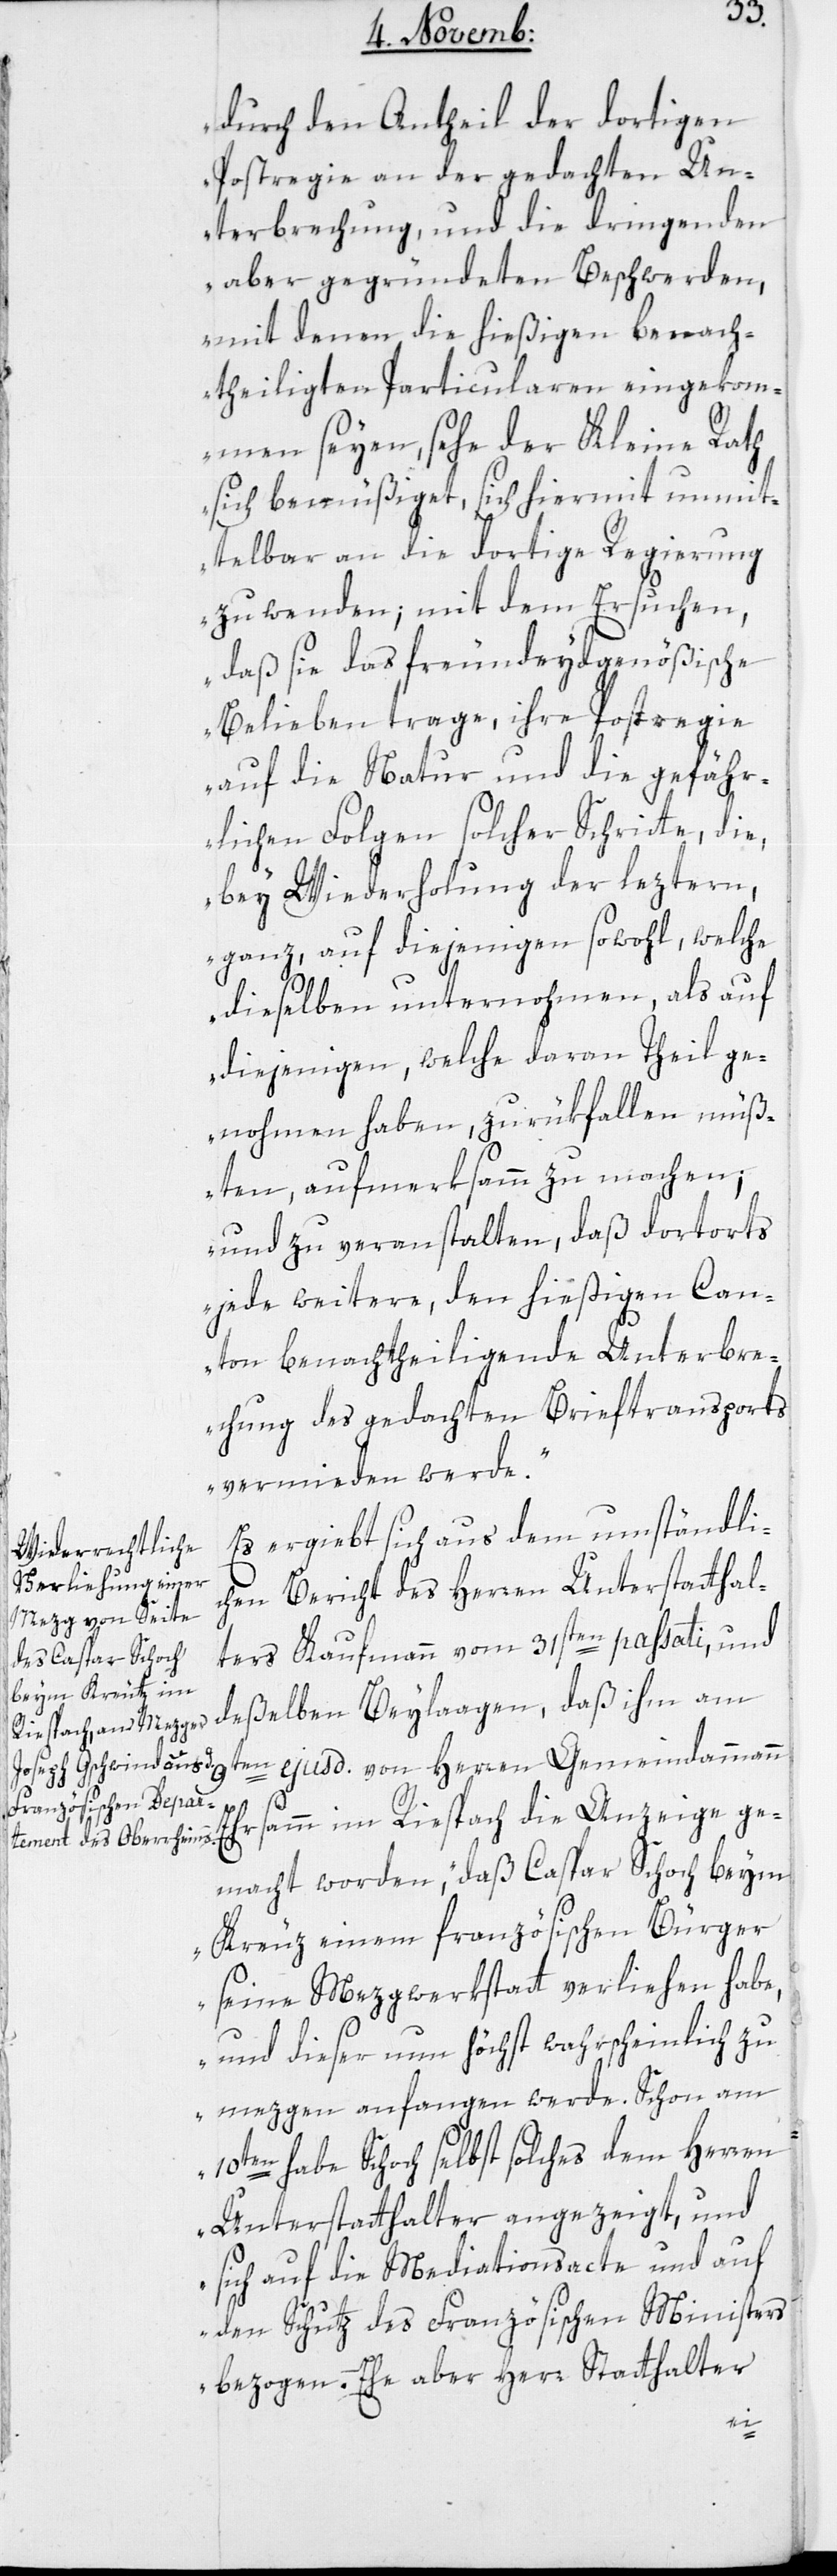
durch den Antheil der dortigen
Postregie an der gedachten Un¬
terbrechung, und die dringenden
aber gegründeten Beschwerden,
mit denen die hießigen benach¬
theiligten Particularen eingekomm¬
en seyen, sehe der Kleine Rath
sich bemüßiget, sich hiermit unmit¬
telbar an die dortige Regierung
zu wenden; mit dem Ersuchen,
daß sie das freundeydgenößische
Belieben trage, ihre Postregie
auf die Natur und die gefähr¬
lichen Folgen solcher Schritte, die,
bey Wiederholung der leztern,
ganz auf diejenigen sowohl, welche
dieselben unternohmen, als auf
diejenigen, welche daran Theil ge¬
nohmen haben, zurükfallen müß¬
ten, aufmerksamm zu machen;
und zu veranstalten, daß dortorts
jede weitere, den hießigen Can¬
ton benachtheiligende Unterbre¬
chung des gedachten Brieftransports
vermieden werde.“
Es ergiebt sich aus dem umständli¬
chen Bericht des Herren Unterstatthal¬
ter Kaufmann vom 31sten passati und
deßelben Beylagen, daß ihm am
9ten ejusd. von Herren Gemeindammann
amm im Riespach die Anzeige ge¬
macht worden, „daß Caspar Schoch beym
Kreuz einem französischen Bürger
seine Mezgwerkstatt verliehen habe,
und dieser nun höchst wahrscheinlich zu
mezgen anfangen werde. Schon am
10ten habe Schoch selbst solches dem Herren
Unterstatthalter angezeigt, und
sich auf die Mediationsacte und auf
den Schutz des Französischen Ministers
bezogen. Ehe aber Herr Statthalter
Ehrs¬